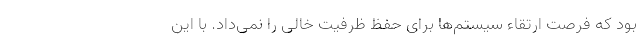
بود که فرصت ارتقاء سیستم‌ها برای حفظ ظرفیت خالی را نمی‌داد. با این